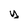
Character: y